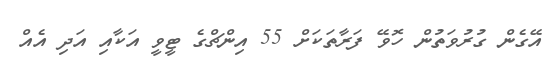
އޭގެން ގުރުވަތުން ހޮވޭ ފަރާތަކަށް 55 އިންޗްގެ ޓީވީ އަކާއި އަދި އެއް